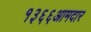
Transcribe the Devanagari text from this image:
१३६६आमदार